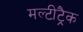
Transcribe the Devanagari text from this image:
मल्टीट्रैक